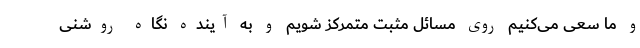
و ما سعی می‌کنیم روی مسائل مثبت متمرکز شویم و به آینده نگاه روشنی